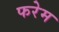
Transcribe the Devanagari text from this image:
फरेम